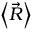
\left\langle { \vec { R } } \right\rangle